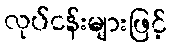
လုပ်ငန်းများဖြင့်